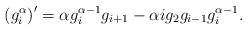
LaTeX: \begin{align*} \left(g_{i}^{\alpha}\right)' = \alpha g_i^{\alpha-1} g_{i+1} - \alpha i g_2 g_{i-1} g_i^{\alpha-1}.\end{align*}